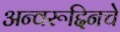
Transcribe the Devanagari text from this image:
अन्वरूद्दिनचे